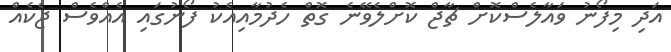
އަދި މިފޯނު ވައާލެސްކޮށް ޗާޖް ކޮށްލެވޭނެ ގޮތް ހެދުމާއިއެކު ފޯނުގައި އެއްވެސް ޖެކެއް